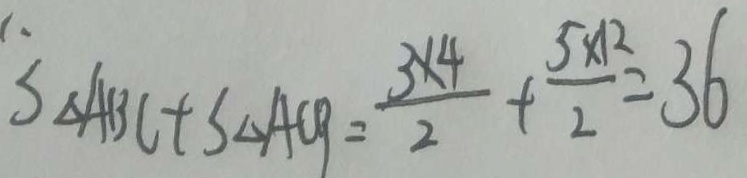
S _ { \Delta A B C } + S _ { \Delta A C Q } = \frac { 3 \times 4 } { 2 } + \frac { 5 \times 1 2 } { 2 } = 3 6